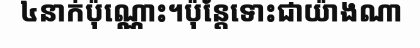
៤នាក់ប៉ុណ្ណោះ។ប៉ុន្តែទោះជាយ៉ាងណា